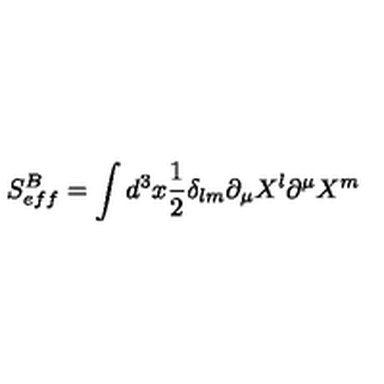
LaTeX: S _ { e f f } ^ { B } = \int d ^ { 3 } x \frac { 1 } { 2 } \delta _ { l m } \partial _ { \mu } X ^ { l } \partial ^ { \mu } X ^ { m }